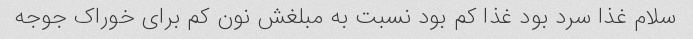
سلام غذا سرد بود غذا کم بود نسبت به مبلغش نون کم برای خوراک جوجه